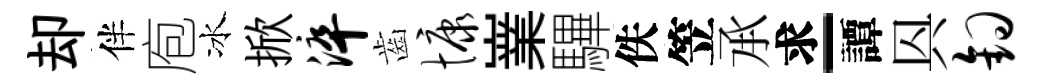
却伴庖冰掀淬齒慷嶪驆佚笠𠄘求-譚㒷钩